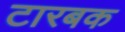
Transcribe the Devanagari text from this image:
टारबक